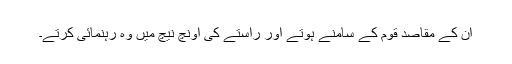
ان کے مقاصد قوم کے سامنے ہوتے اور راستے کی اونچ نیچ میں وہ رہنمائی کرتے۔